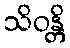
သိဝန္တိ